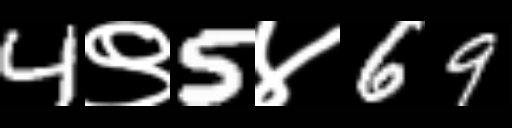
Text: 4९5४69